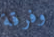
وفرقة